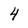
Character: 4